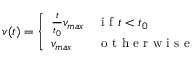
\begin{array} { r } { v ( t ) = \left\{ \begin{array} { l l } { \frac { t } { t _ { 0 } } v _ { m a x } } & { \mathrm { ~ i ~ f ~ } t < t _ { 0 } } \\ { v _ { m a x } } & { \mathrm { ~ o ~ t ~ h ~ e ~ r ~ w ~ i ~ s ~ e ~ } } \end{array} \right. } \end{array}